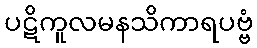
ပဋိကူလမနသိကာရပဗ္ဗံ